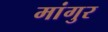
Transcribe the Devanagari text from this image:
मांगुर